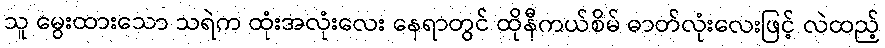
သူ မွေးထားသော သရဲက ထုံးအလုံးလေး နေရာတွင် ထိုနီကယ်စိမ် ဓာတ်လုံးလေးဖြင့် လဲထည့်